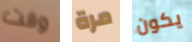
وقت مرة يكون